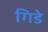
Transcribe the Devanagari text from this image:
गिडे